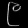
Digit: ၉